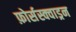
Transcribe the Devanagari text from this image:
फ़ोर्सस्क्वाड्रन